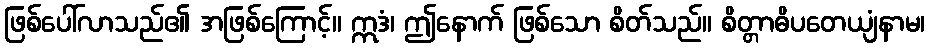
ဖြစ်ပေါ်လာသည်၏ အဖြစ်ကြောင့်။ ဣဒံ၊ ဤနောက် ဖြစ်သော စိတ်သည်။ စိတ္တာဓိပတေယျံနာမ၊